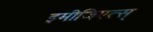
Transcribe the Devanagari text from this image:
इमीजिएत्स्